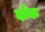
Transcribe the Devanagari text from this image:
र्दाक